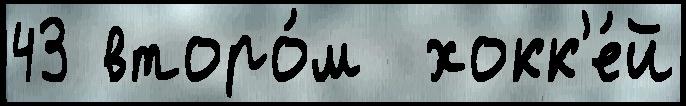
43 второ́м  хокк'е́й